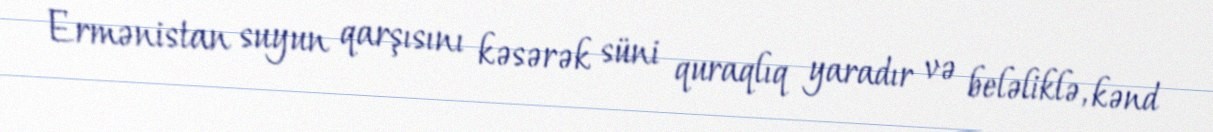
Ermənistan suyun qarşısını kəsərək süni quraqlıq yaradır və beləliklə, kənd